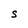
Character: S